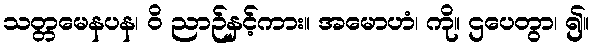
သတ္တမေနပန၊ ဝိ ညာဉ်နှင့်ကား။ အမောဟံ၊ ကို။ ဌပေတွာ၊ ၍။